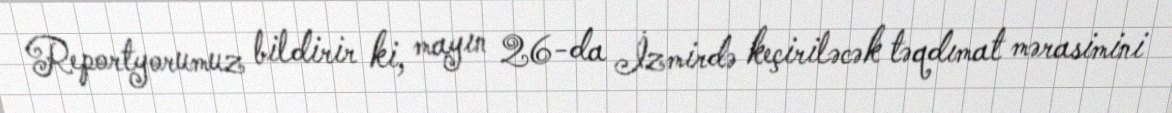
Reportyorumuz bildirir ki, mayın 26-da İzmirdə keçiriləcək təqdımat mərasimini